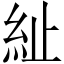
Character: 䊼